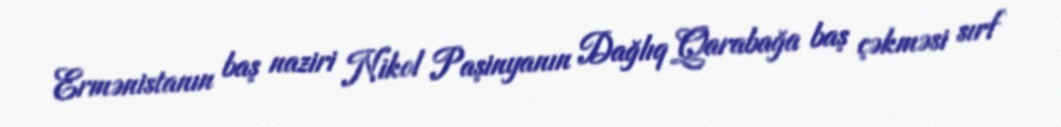
Ermənistanın baş naziri Nikol Paşinyanın Dağlıq Qarabağa baş çəkməsi sırf